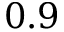
0 . 9